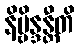
နိဗ္ဗိန္ဒန္တီတိ